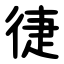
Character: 徢